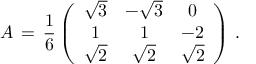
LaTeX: A \, = \, \frac { 1 } { 6 } \left( \begin{array} { c c c c } { { \sqrt { 3 } } } & { { - \sqrt { 3 } } } & { { 0 } } \\ { { 1 } } & { { 1 } } & { { - 2 } } \\ { { \sqrt { 2 } } } & { { \sqrt { 2 } } } & { { \sqrt { 2 } } } \end{array} \right) \, .